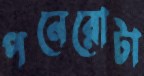
পনেরোটা